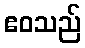
ဧဝသည်